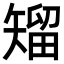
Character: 𥏵